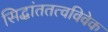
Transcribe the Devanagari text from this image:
सिद्धांततत्वविवेक